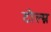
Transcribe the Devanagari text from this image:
टोल्म्न